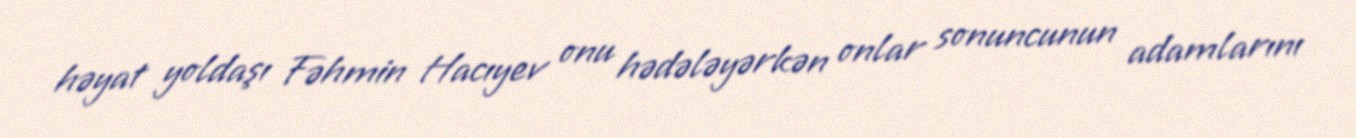
həyat yoldaşı Fəhmin Hacıyev onu hədələyərkən onlar sonuncunun adamlarını